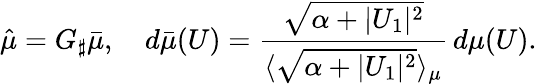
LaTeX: \hat{\mu}=G_{\sharp}\bar{\mu},\quad d\bar{\mu}(U)=\frac{\sqrt{\alpha+|U_{1}|^{2}}}{\langle\sqrt{\alpha+|U_{1}|^{2}}\rangle_{\mu}}\, d\mu(U).